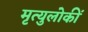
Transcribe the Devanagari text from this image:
मृत्युलोकीं